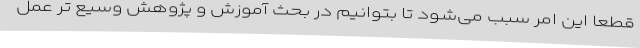
قطعا این امر سبب می‌شود تا بتوانیم در بحث آموزش و پژوهش وسیع تر عمل